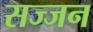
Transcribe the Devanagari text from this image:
सज्‍जन